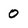
Character: 0